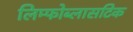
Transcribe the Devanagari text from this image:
लिम्फोब्लासटिक